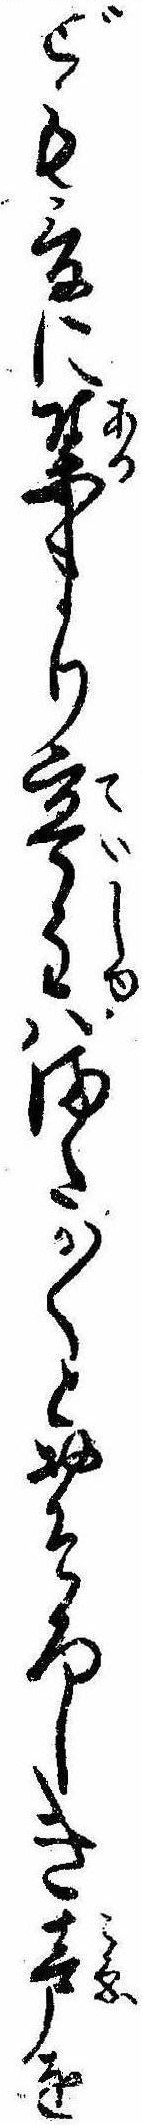
ども爰に集まり亭主はまたか〱とおそろしき声を